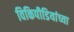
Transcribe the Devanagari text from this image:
विकिपीडियांच्या